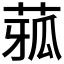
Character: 𦴉